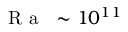
\mathrm { ~ \textit ~ { ~ R ~ a ~ } ~ } \sim 1 0 ^ { 1 1 }